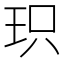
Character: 𮴉